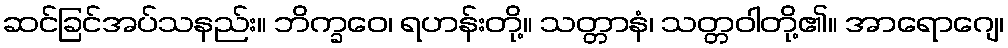
ဆင်ခြင်အပ်သနည်း။ ဘိက္ခဝေ၊ ရဟန်းတို့။ သတ္တာနံ၊ သတ္တဝါတို့၏။ အာရောဂျေ၊